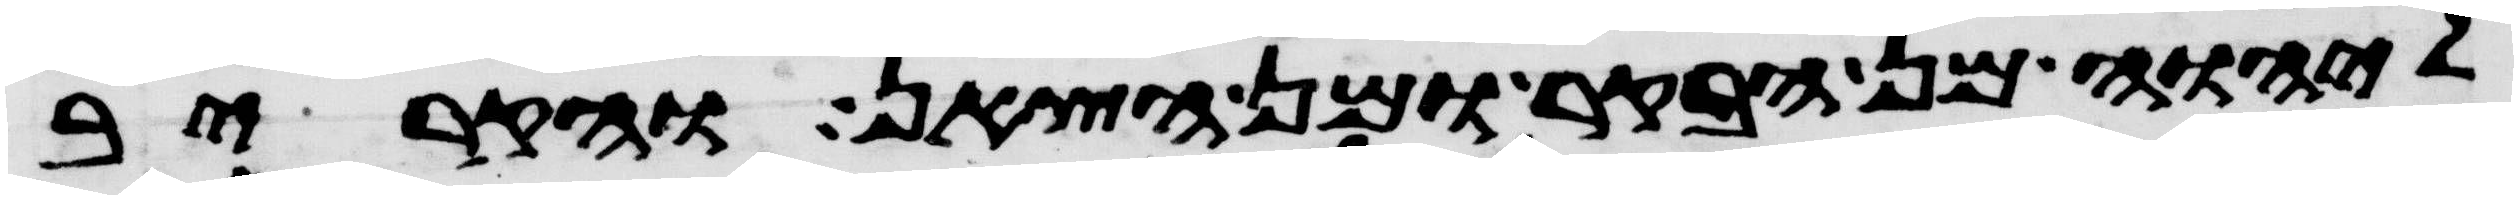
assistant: ליהוה מן הבקר או מן הצאן והקריב